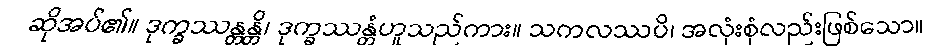
ဆိုအပ်၏။ ဒုက္ခဿန္တန္တိ၊ ဒုက္ခဿန္တံဟူသည်ကား။ သကလဿပိ၊ အလုံးစုံလည်းဖြစ်သော။